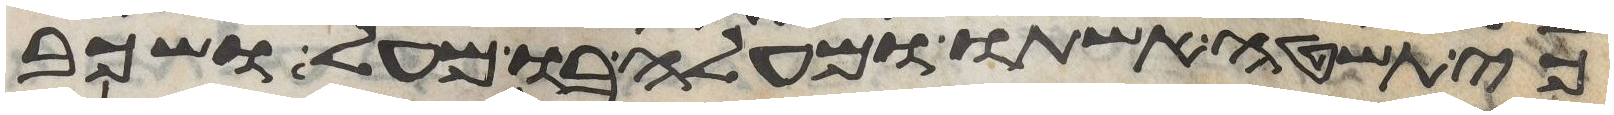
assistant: כי תשטה אשתו ומעלה בו מעל ושכב